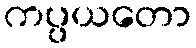
ကပ္ပယတော